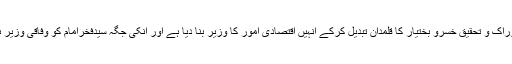
وزیراعظم نے وفاقی وزیر برائے تحفظ خوراک و تحقیق خسرو بختیار کا قلمدان تبدیل کرکے انہیں اقتصادی امور کا وزیر بنا دیا ہے اور انکی جگہ سیدفخرامام کو وفاقی وزیر برائے تحفظ خوراک و تحقیق بنادیا گیا ہے۔